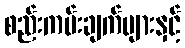
စည်းကမ်းချက်များနှင့်